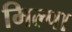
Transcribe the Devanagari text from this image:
मिल्पा